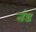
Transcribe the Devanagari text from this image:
तंड